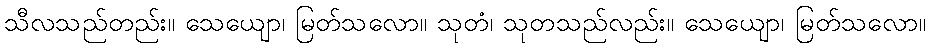
သီလသည်တည်း။ သေယျော၊ မြတ်သလော။ သုတံ၊ သုတသည်လည်း။ သေယျော၊ မြတ်သလော။